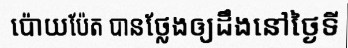
ប៉ោយប៉ែត បានថ្លែងឲ្យដឹងនៅថ្ងៃទី